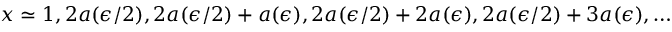
x \simeq 1 , 2 a ( \epsilon / 2 ) , 2 a ( \epsilon / 2 ) + a ( \epsilon ) , 2 a ( \epsilon / 2 ) + 2 a ( \epsilon ) , 2 a ( \epsilon / 2 ) + 3 a ( \epsilon ) , \ldots